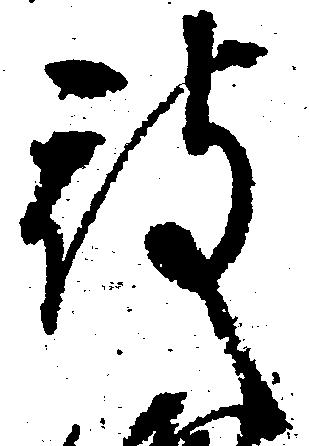
被